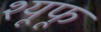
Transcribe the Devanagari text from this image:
श्यूफू